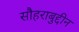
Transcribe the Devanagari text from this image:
सौहराबुद्दीन